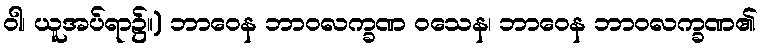
ဝါ၊ ယူအပ်ရာ၌။) ဘာဝေန ဘာဝလက္ခဏ ဝသေန၊ ဘာဝေန ဘာဝလက္ခဏ၏